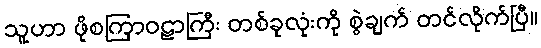
သူဟာ ဖိုစကြာဝဠာကြီး တစ်ခုလုံးကို စွဲချက် တင်လိုက်ပြီ။